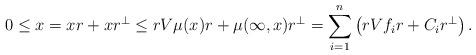
LaTeX: \begin{align*}0\leq x&= xr+ xr^\perp\leq rV\mu(x)r+\mu(\infty,x)r^\perp=\sum_{i=1}^n \left(rVf_i r+C_ir^\perp\right).\end{align*}